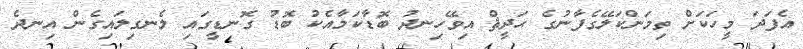
އެފަދަ މީހަކަށް ތިމަންކަލޭގެފާނުގެ ޙަދީޘް އިވޭހިނދު ބޮޑާކަމާއެކު ބޮޑު ގޮނޑީގައި ލެނގިލައިގެން އިނދެ